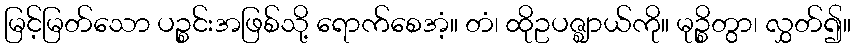
မြင့်မြတ်သော ပဉ္စင်းအဖြစ်သို့ ရောက်စေအံ့။ တံ၊ ထိုဥပဇ္ဈာယ်ကို။ မုဉ္စိတွာ၊ လွှတ်၍။